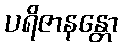
ပရိဇာနန္တော